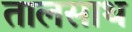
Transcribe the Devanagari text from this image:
तालसाथ